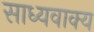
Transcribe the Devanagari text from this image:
साध्यवाक्य